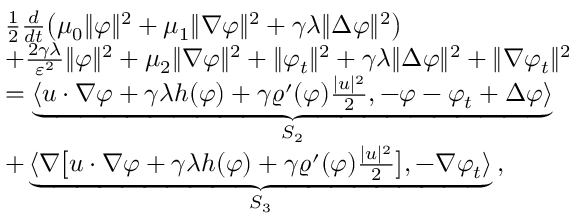
\begin{array} { r l } & { \frac { 1 } { 2 } \frac { d } { d t } \big ( \mu _ { 0 } \| \varphi \| ^ { 2 } + \mu _ { 1 } \| \nabla \varphi \| ^ { 2 } + \gamma \lambda \| \Delta \varphi \| ^ { 2 } \big ) } \\ & { + \frac { 2 \gamma \lambda } { \varepsilon ^ { 2 } } \| \varphi \| ^ { 2 } + \mu _ { 2 } \| \nabla \varphi \| ^ { 2 } + \| \varphi _ { t } \| ^ { 2 } + \gamma \lambda \| \Delta \varphi \| ^ { 2 } + \| \nabla \varphi _ { t } \| ^ { 2 } } \\ & { = \underbrace { \langle u \cdot \nabla \varphi + \gamma \lambda h ( \varphi ) + \gamma \varrho ^ { \prime } ( \varphi ) \frac { | u | ^ { 2 } } { 2 } , - \varphi - \varphi _ { t } + \Delta \varphi \rangle } _ { S _ { 2 } } } \\ & { + \underbrace { \langle \nabla \big [ u \cdot \nabla \varphi + \gamma \lambda h ( \varphi ) + \gamma \varrho ^ { \prime } ( \varphi ) \frac { | u | ^ { 2 } } { 2 } \big ] , - \nabla \varphi _ { t } \rangle } _ { S _ { 3 } } \, , } \end{array}